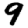
Digit: 9